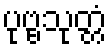
ပုဗ္ဗသုတ္တံ